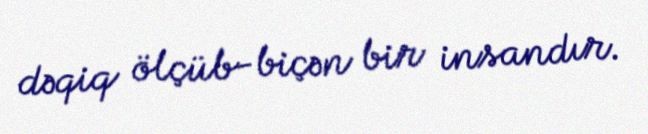
dəqiq ölçüb-biçən bir insandır.